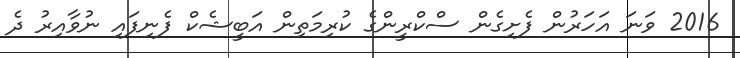
2016 ވަނަ އަހަރުން ފެށިގެން ސްކްރީންގެ ކުރިމަތިން އަބީޝެކް ފެނިފައި ނުވާއިރު ދެ